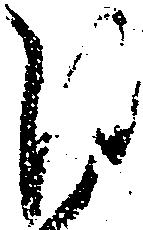
日